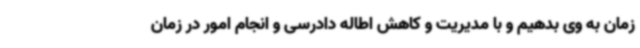
زمان به وی بدهیم و با مدیریت و کاهش اطاله دادرسی و انجام امور در زمان